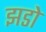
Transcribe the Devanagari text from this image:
झडो